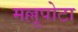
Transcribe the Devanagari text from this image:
मल्लूपोटा